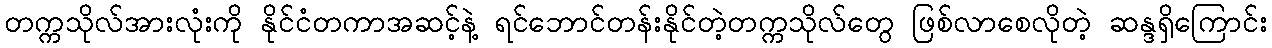
တက္ကသိုလ်အားလုံးကို နိုင်ငံတကာအဆင့်နဲ့ ရင်ဘောင်တန်းနိုင်တဲ့တက္ကသိုလ်တွေ ဖြစ်လာစေလိုတဲ့ ဆန္ဒရှိကြောင်း